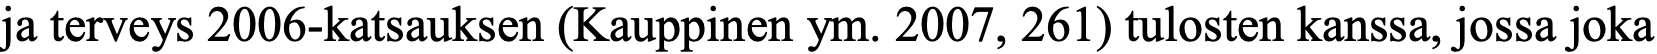
ja terveys 2006-katsauksen (Kauppinen ym. 2007, 261) tulosten kanssa, jossa joka